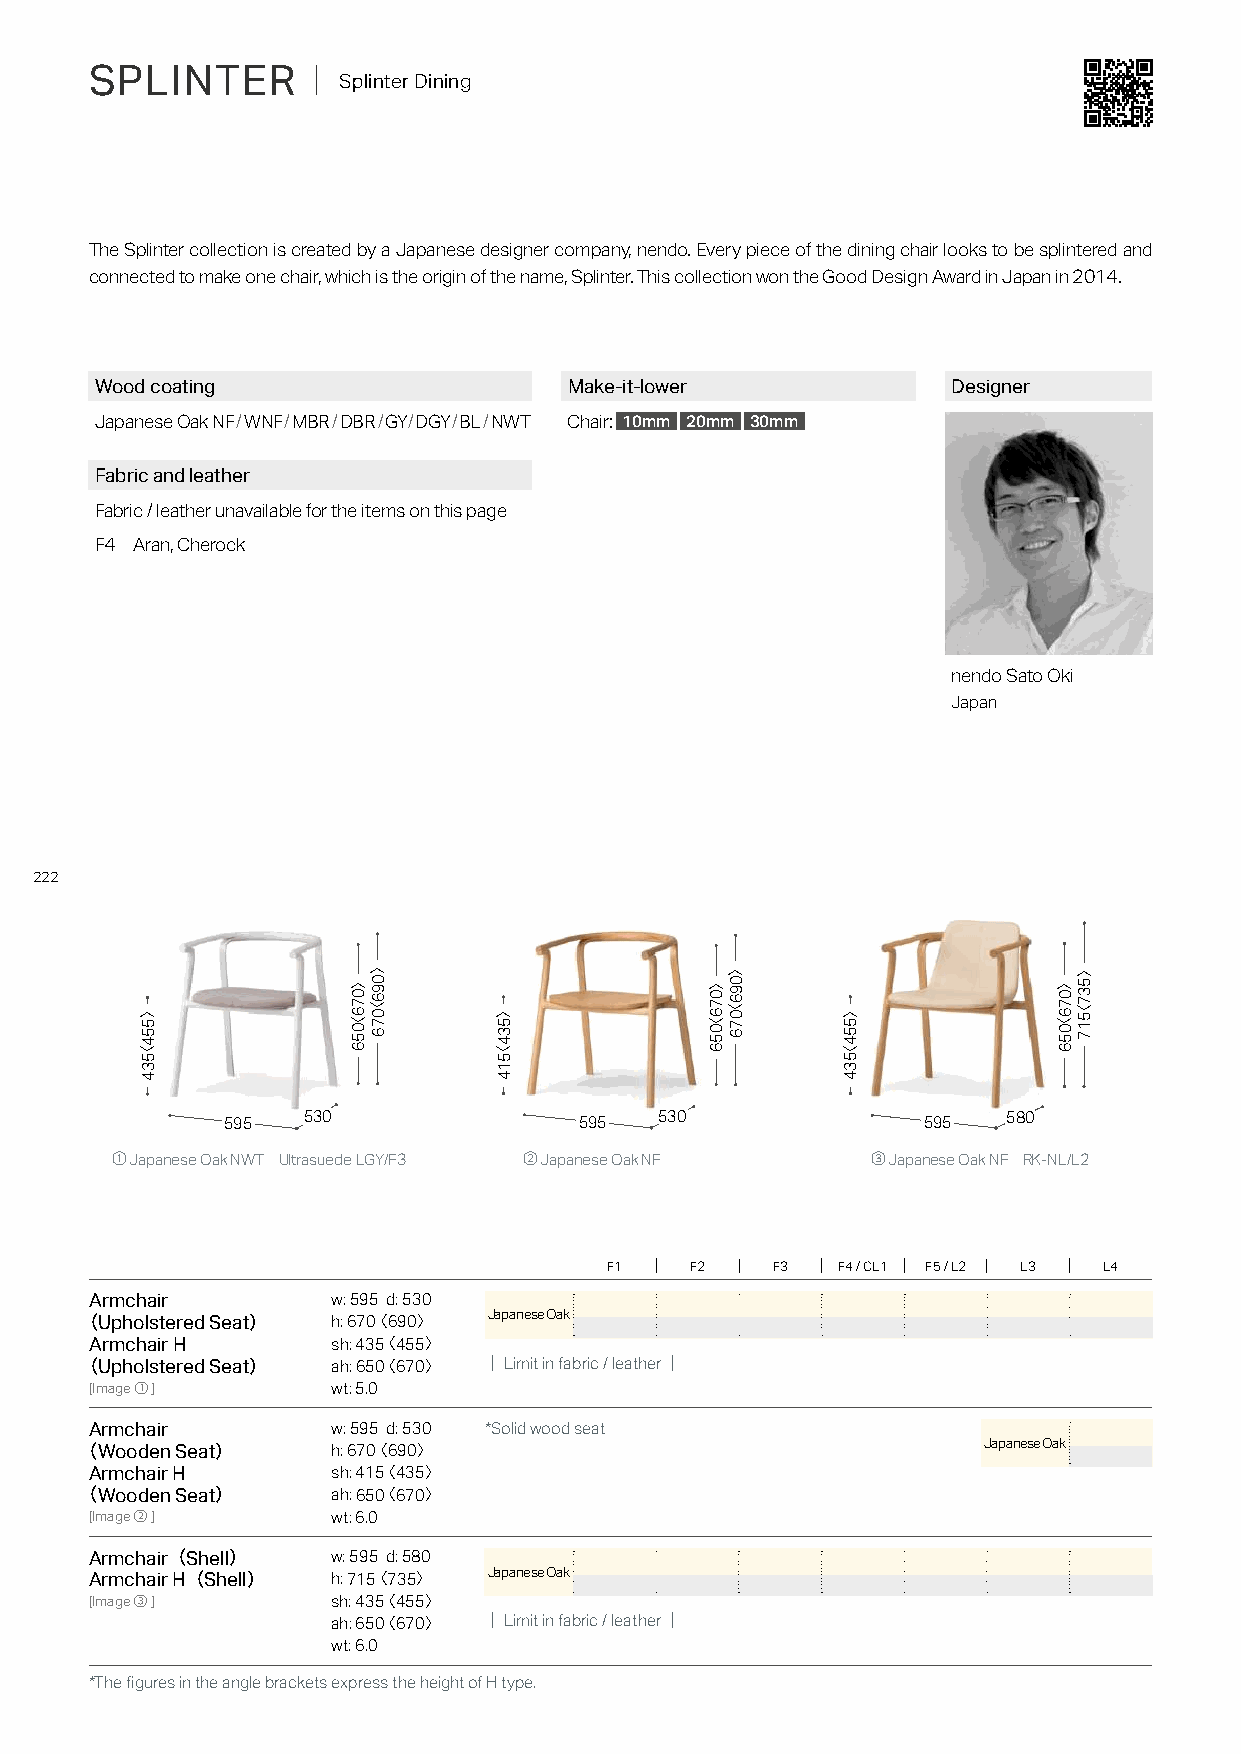
SPLINTER      ｜ Splinter Dining
 The Splinter collection is created by a Japanese designer company, nendo. Every piece of the dining chair looks to be splintered and
 connected to make one chair, which is the origin of the name, Splinter. This collection won the Good Design Award in Japan in 2014.
 Wood coating                    Make-it-lower            Designer
 Japanese Oak NF/WNF/MBR/DBR/GY/DGY/BL/NWT Chair: 10mm 20mm 30mm
 Fabric and leather
 Fabric / leather unavailable for the items on this page
 F4 Aran, Cherock
 nendo Sato Oki
 Japan
 222
 595  530               595   530              595   580
 ① Japanese Oak NWT Ultrasuede LGY/F3 ② Japanese Oak NF ③ Japanese Oak NF RK-NL/L2
 F1    F2   F3  F4 / CL1 F5 / L2 L3 L4
 Armchair        w: 595 d: 530
 Japanese Oak
 （Upholstered Seat） h: 670〈 690〉
 Armchair H      sh: 435〈 455〉
 （Upholstered Seat） ah: 650〈 670〉 ｜Limit in fabric / leather｜
 [Image①]        wt: 5.0
 Armchair        w: 595 d: 530 *Solid wood seat
 Japanese Oak
 （Wooden Seat）    h: 670〈 690〉
 Armchair H      sh: 415〈 435〉
 （Wooden Seat）    ah: 650〈 670〉
 [Image②]        wt: 6.0
 Armchair（Shell） w: 595 d: 580
 Japanese Oak
 Armchair H（Shell） h: 715〈 735〉
 [Image③]        sh: 435〈 455〉
 ah: 650〈 670〉 ｜Limit in fabric / leather｜
 wt: 6.0
 *The figures in the angle brackets express the height of H type.
 〉554〈534
 〉076〈056
 〉096〈076
 〉534〈514
 〉076〈056
 〉096〈076
 〉554〈534
 〉076〈056
 〉537〈517